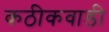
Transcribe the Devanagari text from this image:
कठीकवाडी